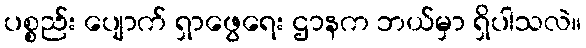
ပစ္စည်း ပျောက် ရှာဖွေရေး ဌာနက ဘယ်မှာ ရှိပါသလဲ။